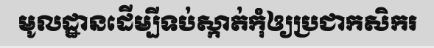
មូលដ្ឋានដើម្បីទប់ស្កាត់កុំឲ្យប្រជាកសិករ